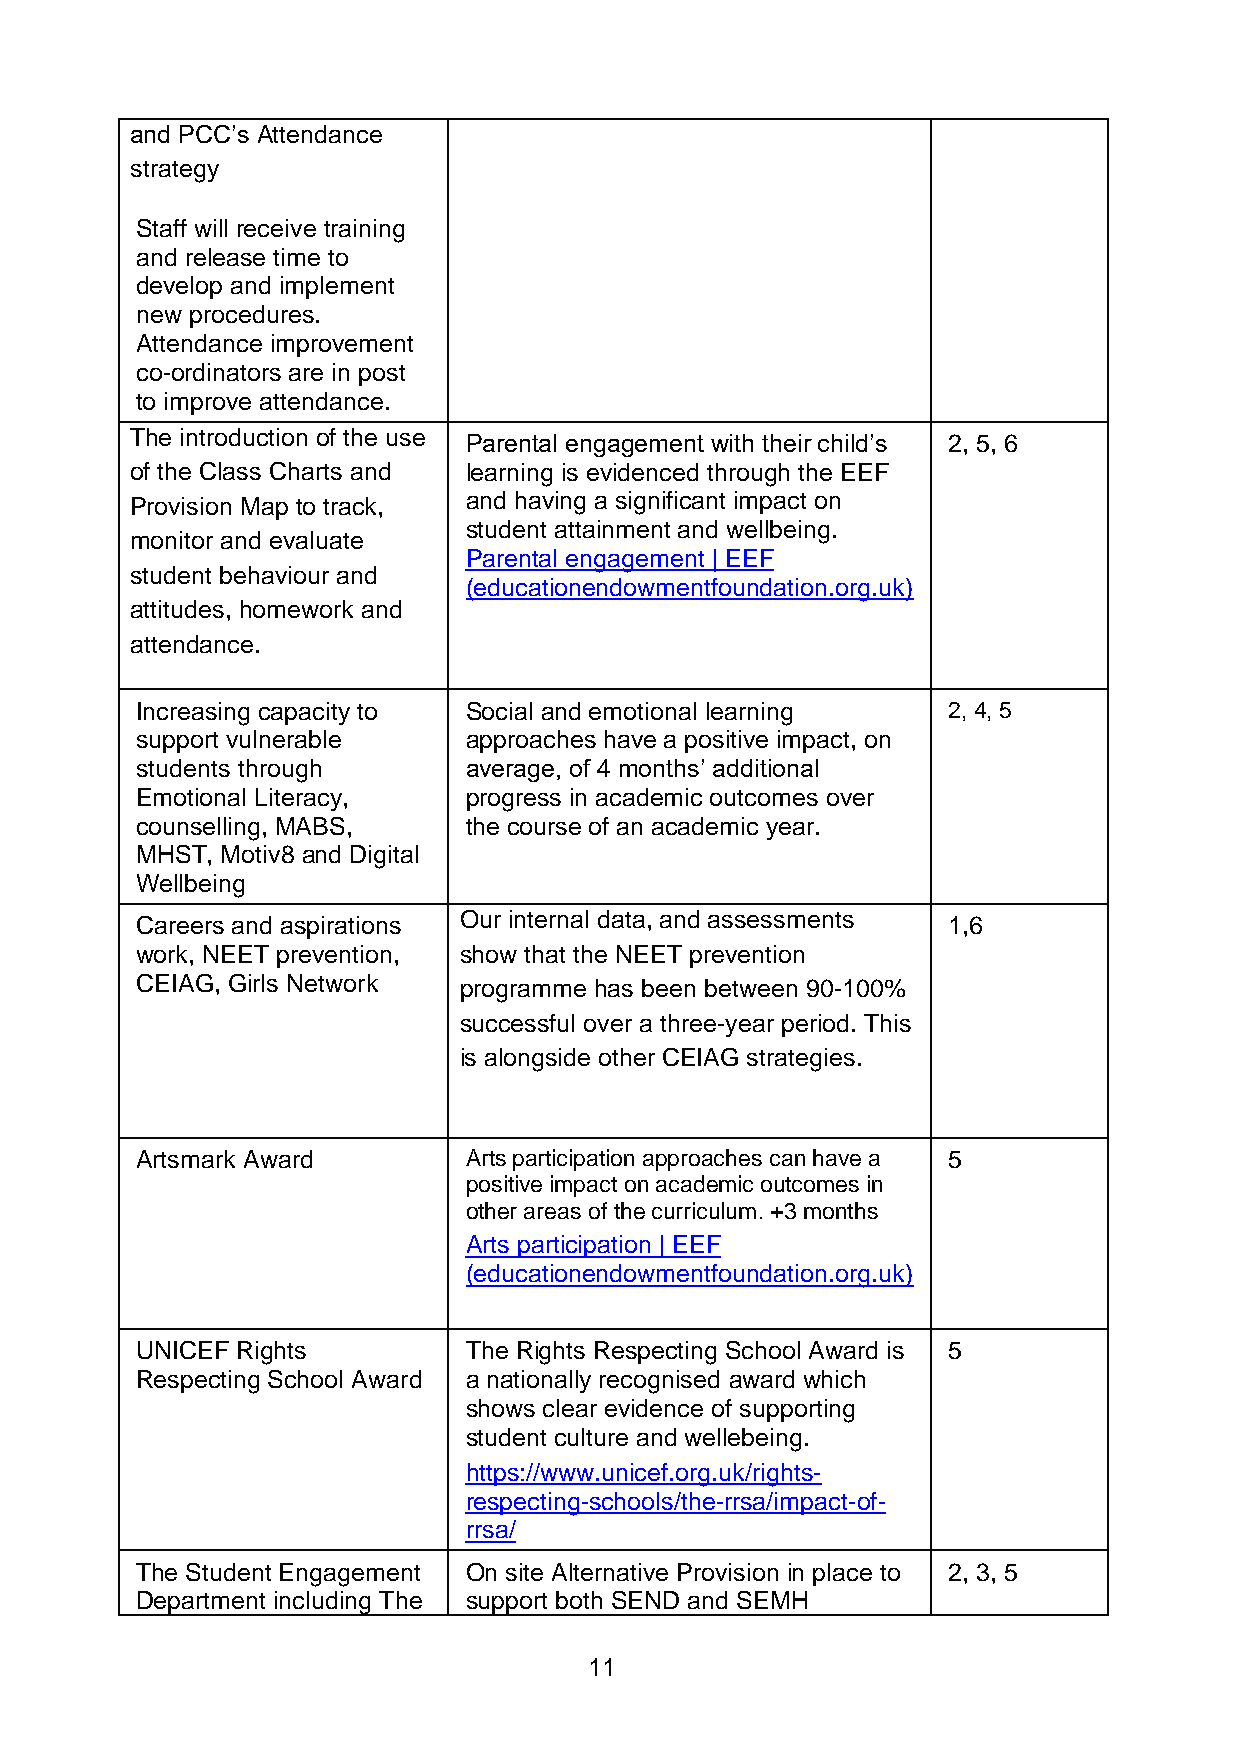
and PCC’s Attendance
 strategy
 Staff will receive training
 and release time to
 develop and implement
 new procedures.
 Attendance improvement
 co-ordinators are in post
 to improve attendance.
 The introduction of the use Parental engagement with their child’s 2, 5, 6
 of the Class Charts and learning is evidenced through the EEF
 Provision Map to track, and having a significant impact on
 student attainment and wellbeing.
 monitor and evaluate
 Parental engagement | EEF
 student behaviour and
 (educationendowmentfoundation.org.uk)
 attitudes, homework and
 attendance.
 Increasing capacity to Social and emotional learning  2, 4, 5
 support vulnerable    approaches have a positive impact, on
 students through      average, of 4 months’ additional
 Emotional Literacy,   progress in academic outcomes over
 counselling, MABS,    the course of an academic year.
 MHST, Motiv8 and Digital
 Wellbeing
 Careers and aspirations Our internal data, and assessments 1,6
 work, NEET prevention, show that the NEET prevention
 CEIAG, Girls Network programme has been between 90-100%
 successful over a three-year period. This
 is alongside other CEIAG strategies.
 Artsmark Award        Arts participation approaches can have a 5
 positive impact on academic outcomes in
 other areas of the curriculum. +3 months
 Arts participation | EEF
 (educationendowmentfoundation.org.uk)
 UNICEF Rights         The Rights Respecting School Award is 5
 Respecting School Award a nationally recognised award which
 shows clear evidence of supporting
 student culture and wellebeing.
 https://www.unicef.org.uk/rights-
 respecting-schools/the-rrsa/impact-of-
 rrsa/
 The Student Engagement On site Alternative Provision in place to 2, 3, 5
 Department including The support both SEND and SEMH
 11